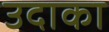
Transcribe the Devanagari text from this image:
उदाका